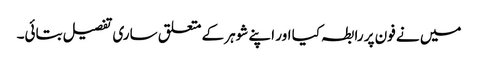
میں نے فون پر رابطہ کیا اور اپنے شوہر کے متعلق ساری تفصیل بتائی۔